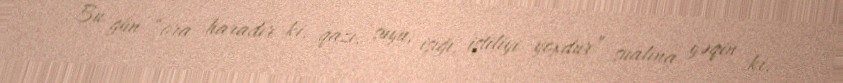
Bu gün “ora haradır ki, qazı, suyu, işığı, istiliyi yoxdur” sualına yəqin ki,